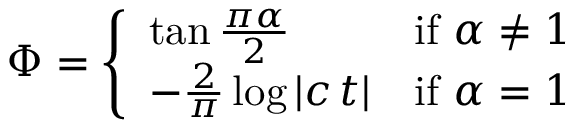
\Phi = { \left\{ \begin{array} { l l } { \tan { \frac { \pi \alpha } { 2 } } } & { { \mathrm { i f ~ } } \alpha \neq 1 } \\ { - { \frac { 2 } { \pi } } \log | c \, t | } & { { \mathrm { i f ~ } } \alpha = 1 } \end{array} \right. }